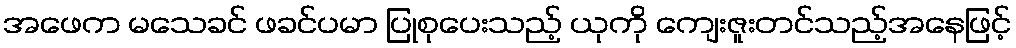
အဖေက မသေခင် ဖခင်ပမာ ပြုစုပေးသည့် ယုကို ကျေးဇူးတင်သည့်အနေဖြင့်